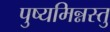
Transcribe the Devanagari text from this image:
पुष्यमिन्नस्तु